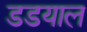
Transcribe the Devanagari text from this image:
डडयाल